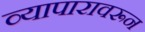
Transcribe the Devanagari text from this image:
व्यापारावरून